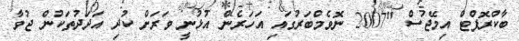
ބާކްރޮފްޓް އިމޭޖަސް "2007 ނޮވެމްބަރުގައި އަހަރެން އުޅުނީ ވަރަށް ކުދި އަދަދުތަކުން ޖުވާ